Report of the Indian Hemp Drugs Commission, 1894-1895 - Volume IV
Year: 1894
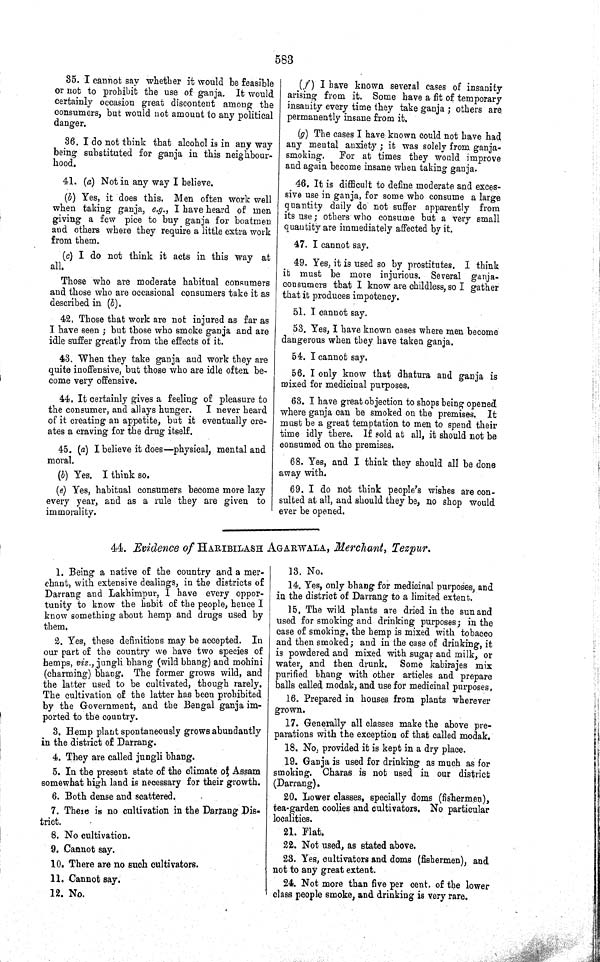
583
35. I cannot say whether it would be feasible
or not to prohibit the use of ganja. It would
certainly occasion great discontent among the
consumers, but would not amount to any political
danger.
36. I do not think that alcohol is in any way
being substituted for ganja in this neighbour-
hood.
41. (a) Not in any way I believe.
(b) Yes, it does this. Men often work well
when taking ganja, e.g., I have heard of men
giving a few pice to buy ganja for boatmen
and others where they require a little extra work
from them.
(c) I do not think it acts in this way at
all.
Those who are moderate habitual consumers
and those who are occasional consumers take it as
described in (b).
42. Those that work are not injured as far as
I have seen; but those who smoke ganja and are
idle suffer greatly from the effects of it.
43. When they take ganja and work they are
quite inoffensive, but those who are idle often be-
come very offensive.
44. It certainly gives a feeling of pleasure to
the consumer, and allays hunger.
I never heard
of it creating an appetite, but it eventually cre-
ates a craving for the drug itself.
45. (a) I believe it does—physical, mental and
moral.
(b) Yes. I think so.
(e) Yes, habitual consumers become more lazy
every year, and as a rule they are given to
immorality.
(f) I have known several cases of insanity
arising from it. Some have a fit of temporary
insanity every time they take ganja; others are
permanently insane from it.
(g) The cases I have known could not have had
any mental anxiety; it was solely from ganja-
smoking.
For at times they would improve
and again become insane when taking ganja.
46. It is difficult to define moderate and exces-
sive use in ganja, for some who consume a large
quantity daily do not suffer apparently from
its use; others who consume but a very small
quantity are immediately affected by it.
47. I cannot say.
49. Yes, it is used so by prostitutes. I think
it must be more injurious. Several ganja-
consumers that I know are childless, so I gather
that it produces impotency.
51. I cannot say.
53. Yes, I have known cases where men become
dangerous when they have taken ganja.
54. I cannot say.
56. I only know that dhatura and ganja is
mixed for medicinal purposes.
63. I have great objection to shops being opened
where ganja can be smoked on the premises. It
must be a great temptation to men to spend their
time idly there. If sold at all, it should not be
consumed on the premises.
68. Yes, and I think they should all be done
away with.
69. I do not think people's wishes are con-
sulted at all, and should they be, no shop would
ever be opened.
44. Evidence of HARIBILASH AGARWALA, Merchant, Tezpur.
1. Being a native of the country and a mer-
chant, with extensive dealings, in the districts of
Darrang and Lakhimpur, I have every oppor-
tunity to know the habit of the people, hence I
know something about hemp and drugs used by
them.
2. Yes, these definitions may be accepted. In
our part of the country we have two species of
hemps, viz., jungli bhang (wild bhang) and mohini
(charming) bhang. The former grows wild, and
the latter used to be cultivated, though rarely.
The cultivation of the latter has been prohibited
by the Government, and the Bengal ganja im-
ported to the country.
3. Hemp plant spontaneously grows abundantly
in the district of Darrang.
4. They are called jungli bhang.
5. In the present state of the climate of Assam
somewhat high land is necessary for their growth.
6. Both dense and scattered.
7. There is no cultivation in the Darrang Dis-
trict.
8. No cultivation.
9. Cannot say.
10. There are no such cultivators.
11. Cannot say.
12. No.
13. No.
14. Yes, only bhang for medicinal purposes, and
in the district of Darrang to a limited extent.
15. The wild plants are dried in the sun and
used for smoking and drinking purposes; in the
case of smoking, the hemp is mixed with tobacco
and then smoked; and in the case of drinking, it
is powdered and mixed with sugar and milk, or
water, and then drunk. Some kabirajes mix
purified bhang with other articles and prepare
balls called modak, and use for medicinal purposes,
16. Prepared in houses from plants wherever
grown.
17. Generally all classes make the above pre-
parations with the exception of that called modak.
18. No, provided it is kept in a dry place.
19. Ganja is used for drinking as much as for
smoking. Charas is not used in our district
(Darrang).
20. Lower classes, specially doms (fishermen),
tea-garden coolies and cultivators. No particular
localities.
21. Flat.
22. Not used, as stated above.
23. Yes, cultivators and doms (fishermen), and
not to any great extent.
24. Not more than five per cent. of the lower
class people smoke, and drinking is very rare.